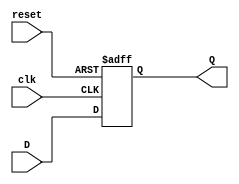
module flip_flop_register #(
    parameter N = 8  // Parameter for the number of bits in the register
)(
    input wire clk,         // Clock signal
    input wire reset,       // Asynchronous reset signal
    input wire [N-1:0] D,   // N-bit wide data input
    output reg [N-1:0] Q    // N-bit wide output
);

    // Asynchronous reset behavior
    always @(posedge clk or posedge reset) begin
        if (reset) begin
            Q <= {N{1'b0}}; // Reset all bits to 0
        end else begin
            Q <= D; // Capture the input data on clock edge
        end
    end

endmodule